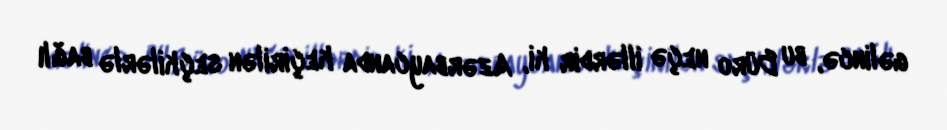
gəlincə, bu Büro neçə illərdir ki, Azərbaycanda keçirilən seçkilərlə bağlı